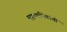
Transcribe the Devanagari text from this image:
महापालिकांची